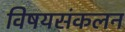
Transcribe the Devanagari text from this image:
विषयसंकलन